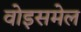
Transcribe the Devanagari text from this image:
वोइसमेल